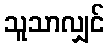
သူသာလျှင်